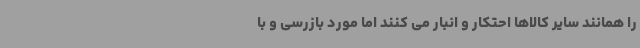
را همانند سایر کالاها احتکار و انبار می کنند اما مورد بازرسی و با